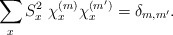
\begin{align*}\sum _x S_x^{2} \ \chi ^{(m)}_x\chi ^{(m')} _x= \delta _{m,m'} .\end{align*}